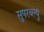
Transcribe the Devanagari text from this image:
सुपरब्ल्यु